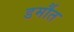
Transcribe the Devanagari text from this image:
डर्मौत